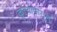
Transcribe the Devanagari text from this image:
कृत्यापासून